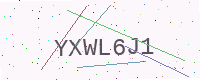
Text: YXWL6J1